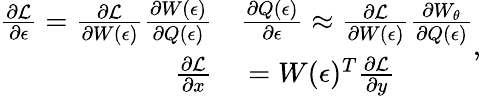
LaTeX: \begin{array}{rl}{\frac{\partial\mathcal{L}}{\partial\epsilon}=\frac{\partial\mathcal{L}}{\partial W(\epsilon)}\frac{\partial W(\epsilon)}{\partial Q(\epsilon)}}&{{}\frac{\partial Q(\epsilon)}{\partial\epsilon}\approx\frac{\partial\mathcal{L}}{\partial W(\epsilon)}\frac{\partial W_{\theta}}{\partial Q(\epsilon)}}\\ {\frac{\partial\mathcal{L}}{\partial x}}&{{}=W(\epsilon)^{T}\frac{\partial\mathcal{L}}{\partial y}}\end{array},